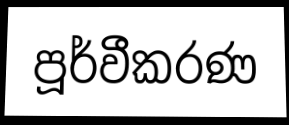
පූර්වීකරණ